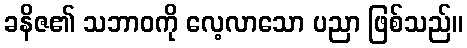
ခနိဇ၏ သဘာဝကို လေ့လာသော ပညာ ဖြစ်သည်။